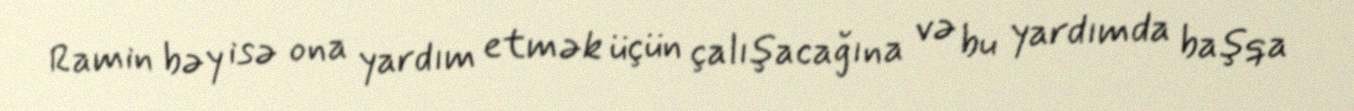
Ramin bəy isə ona yardım etmək üçün çalışacağına və bu yardımda başqa